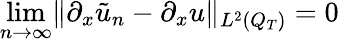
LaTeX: \operatorname*{lim}_{n\rightarrow\infty}\lVert\partial_{x}\tilde{u}_{n}-\partial_{x}u\rVert_{L^{2}(Q_{T})}=0